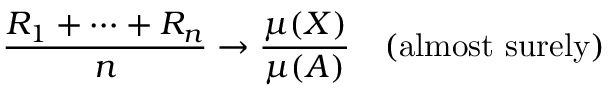
{ \frac { R _ { 1 } + \cdots + R _ { n } } { n } } \rightarrow { \frac { \mu ( X ) } { \mu ( A ) } } \quad { \mathrm { ( a l m o s t ~ s u r e l y ) } }